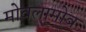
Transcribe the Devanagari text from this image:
मोवलामोव